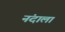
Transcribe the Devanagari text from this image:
नंदाला